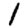
Digit: 1